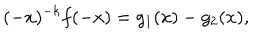
( - x ) ^ { - k } f ( - x ) = g _ { 1 } ( x ) - g _ { 2 } ( x ) ,